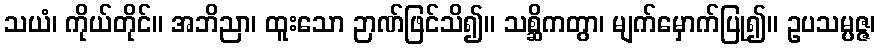
သယံ၊ ကိုယ်တိုင်။ အဘိညာ၊ ထူးသော ဉာဏ်ဖြင်သိ၍။ သစ္ဆိကတွာ၊ မျက်မှောက်ပြု၍။ ဥပသမ္ပဇ္ဇ၊